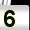
Digit: 5